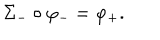
\Sigma _ { - } \circ \varphi _ { - } = \varphi _ { + } .